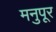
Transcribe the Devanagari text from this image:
मनुपूर